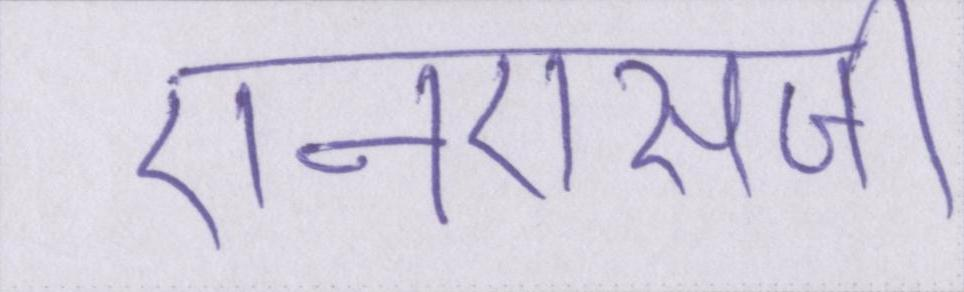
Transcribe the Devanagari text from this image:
एनएसजी